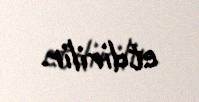
etdirilir.